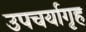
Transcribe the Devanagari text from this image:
उपचर्यागृह